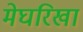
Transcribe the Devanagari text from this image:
मेघरिखा